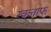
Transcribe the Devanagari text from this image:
खलाफ